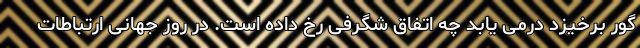
گور برخیزد درمی یابد چه اتفاق شگرفی رخ داده است. در روز جهانی ارتباطات